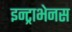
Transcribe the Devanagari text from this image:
इन्ट्राभेनस